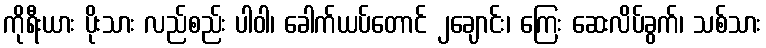
ကိုရီးယား ပိုးသား လည်စည်း ပါဝါ၊ ခေါက်ယပ်တောင် ၂ချောင်း၊ ကြေး ဆေးလိပ်ခွက်၊ သစ်သား